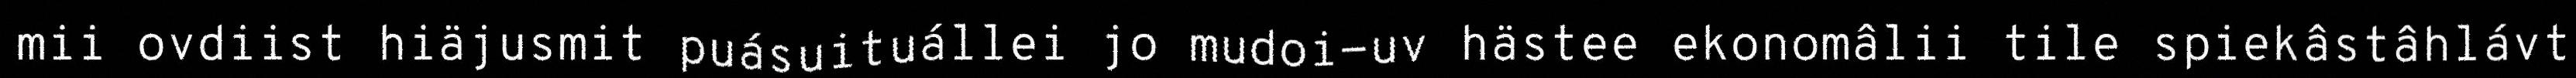
mii ovdiist hiäjusmit puásuituállei jo mudoi-uv hästee ekonomâlii tile spiekâstâhlávt